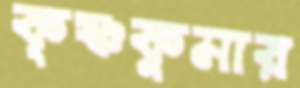
কৃষ্ণকুমার